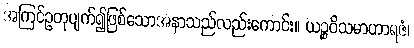
အကြင်ဥတုပျက်၍ဖြစ်သောအနာသည်လည်းကောင်း။ ယဉ္စဝိသမာဟာရဇံ၊